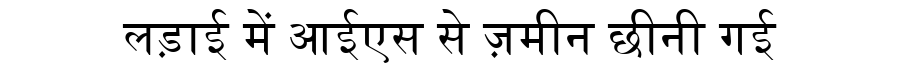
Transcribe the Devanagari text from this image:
लड़ाई में आईएस से ज़मीन छीनी गई